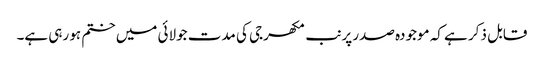
قابل ذکر ہے کہ موجودہ صدر پرنب مکھرجی کی مدت جولائی میں ختم ہو رہی ہے۔